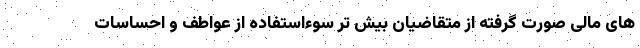
های مالی صورت گرفته از متقاضیان بیش تر سوءاستفاده از عواطف و احساسات